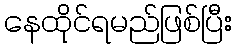
နေထိုင်ရမည်ဖြစ်ပြီး